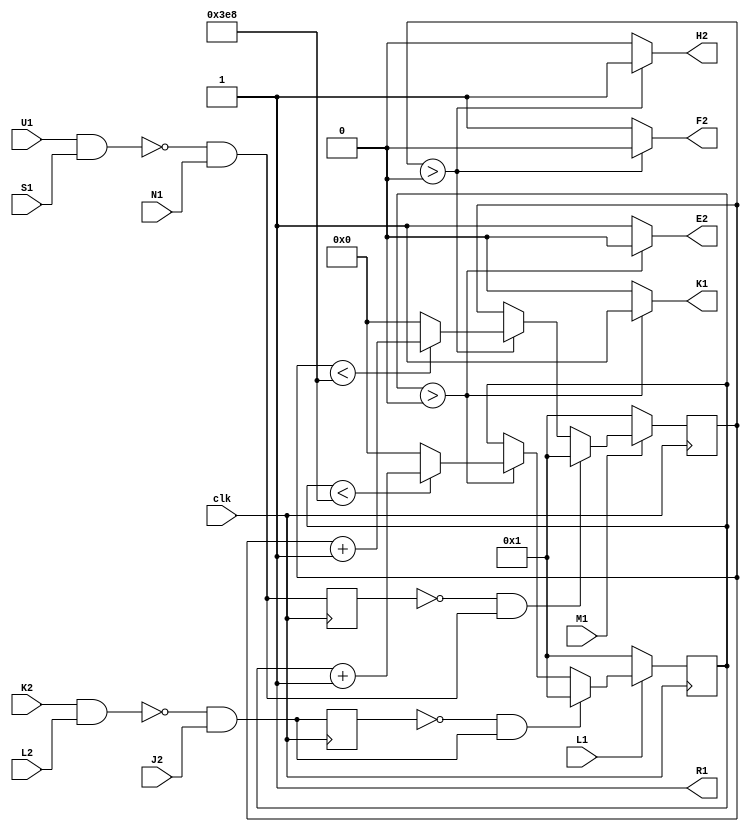
// M307 - Integrating One-Shot
// Kyle Owen - 10 March 2021

module m307 #(
    parameter DELAY_COUNT_E2_K1 = 1000,
    parameter DELAY_COUNT_F2_H2 = 1000) (
	clk, // 100 MHz
	//A1,
	//B1,
	//C1,
	//D1,
	//E1,
	//F1,
	//H1,
	//J1,
	K1,
	L1,
	M1,
	N1,
	//P1,
	R1,
	S1,
	//T1,  // ground
	U1,
	//V1,
	//A2,  // +5V
	//B2,
	//C2,  // ground
	//D2,
	E2,
	F2,
	H2,
	J2,
	K2,
	L2
	//M2,
	//N2,
	//P2,
	//R2,
	//S2,
	//T2,
	//U2,
	//V2
	);
// power and grounds
//inout A2, C2, T1; 

// main inputs
input clk, L1, K2, L2, J2, M1, U1, S1, N1;

// main outputs
output E2, K1, F2, H2, R1;

assign R1 = 1'b1;

wire en1 = !(K2 & L2) & J2;
wire en2 = !(U1 & S1) & N1;

reg old_en1, old_en2;

reg [26:0] count1;
reg [26:0] count2;

assign K1 = count1 > 0 ? 1'b1 : 1'b0;
assign E2 = count1 > 0 ? 1'b0 : 1'b1;
assign H2 = count2 > 0 ? 1'b1 : 1'b0;
assign F2 = count2 > 0 ? 1'b0 : 1'b1;

always @(posedge clk) begin
    old_en1 <= en1;
    old_en2 <= en2;

    if (!L1) count1 <= 'b1;
    else if (!old_en1 && en1) count1 <= 'b1;
    else if (count1 > 0) begin
        if (count1 < DELAY_COUNT_E2_K1) count1 <= count1 + 'b1;
        else count1 <= 0;
    end

    if (!M1) count2 <= 'b1;
    else if (!old_en2 && en2) count2 <= 'b1;
    else if (count2 > 0) begin
        if (count2 < DELAY_COUNT_F2_H2) count2 <= count2 + 'b1;
        else count2 <= 0;
    end
end

endmodule